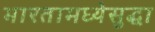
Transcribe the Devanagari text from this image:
भारतामध्येसुद्धा